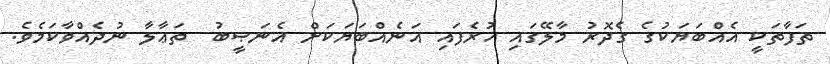
ތަފާތަކީ އެއްބަޔަކުގެ ގެދޮރު މާލޭގައި ހުރެފައި އަނެއްބަޔަކަށް އެނަޞީބު  ތަޢާލާ ނުދެއްވާކަމެވެ.